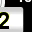
Digit: 2